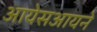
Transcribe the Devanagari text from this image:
आयेसआयने